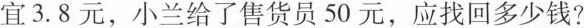
宜3.8元，小兰给了售货员50元，应找回多少钱?